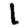
Digit: 1